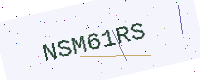
Text: NSM61RS